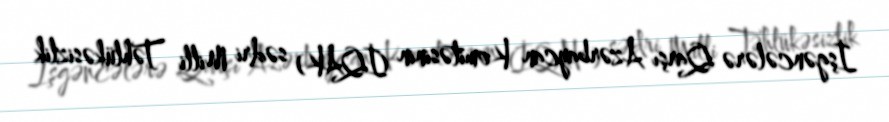
İşgəncələrə Qarşı Azərbaycan Komitəsinin (İQAK) sədri Milli Təhlükəsizlik